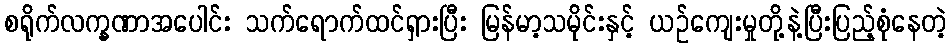
စရိုက်လက္ခဏာအပေါင်း သက်ရောက်ထင်ရှားပြီး မြန်မာ့သမိုင်းနှင့် ယဉ်ကျေးမှုတို့နဲ့ပြီးပြည့်စုံနေတဲ့